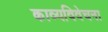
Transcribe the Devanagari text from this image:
काव्यविवेचना